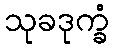
သုခဒုက္ခံ